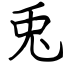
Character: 兎